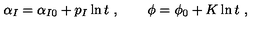
\alpha _ { I } = \alpha _ { I 0 } + p _ { I } \ln t \ , \qquad \phi = \phi _ { 0 } + K \ln t \ ,